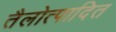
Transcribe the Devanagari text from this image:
तैलोत्पादित